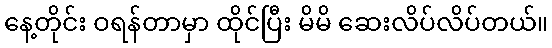
နေ့တိုင်း ဝရန်တာမှာ ထိုင်ပြီး မိမိ ဆေးလိပ်လိပ်တယ်။